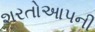
શરતોઆપની